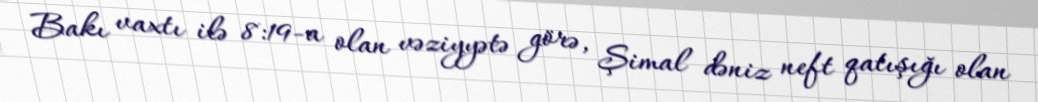
Bakı vaxtı ilə 8:19-a olan vəziyyətə görə, Şimal dəniz neft qatışığı olan